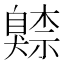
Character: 𦤧